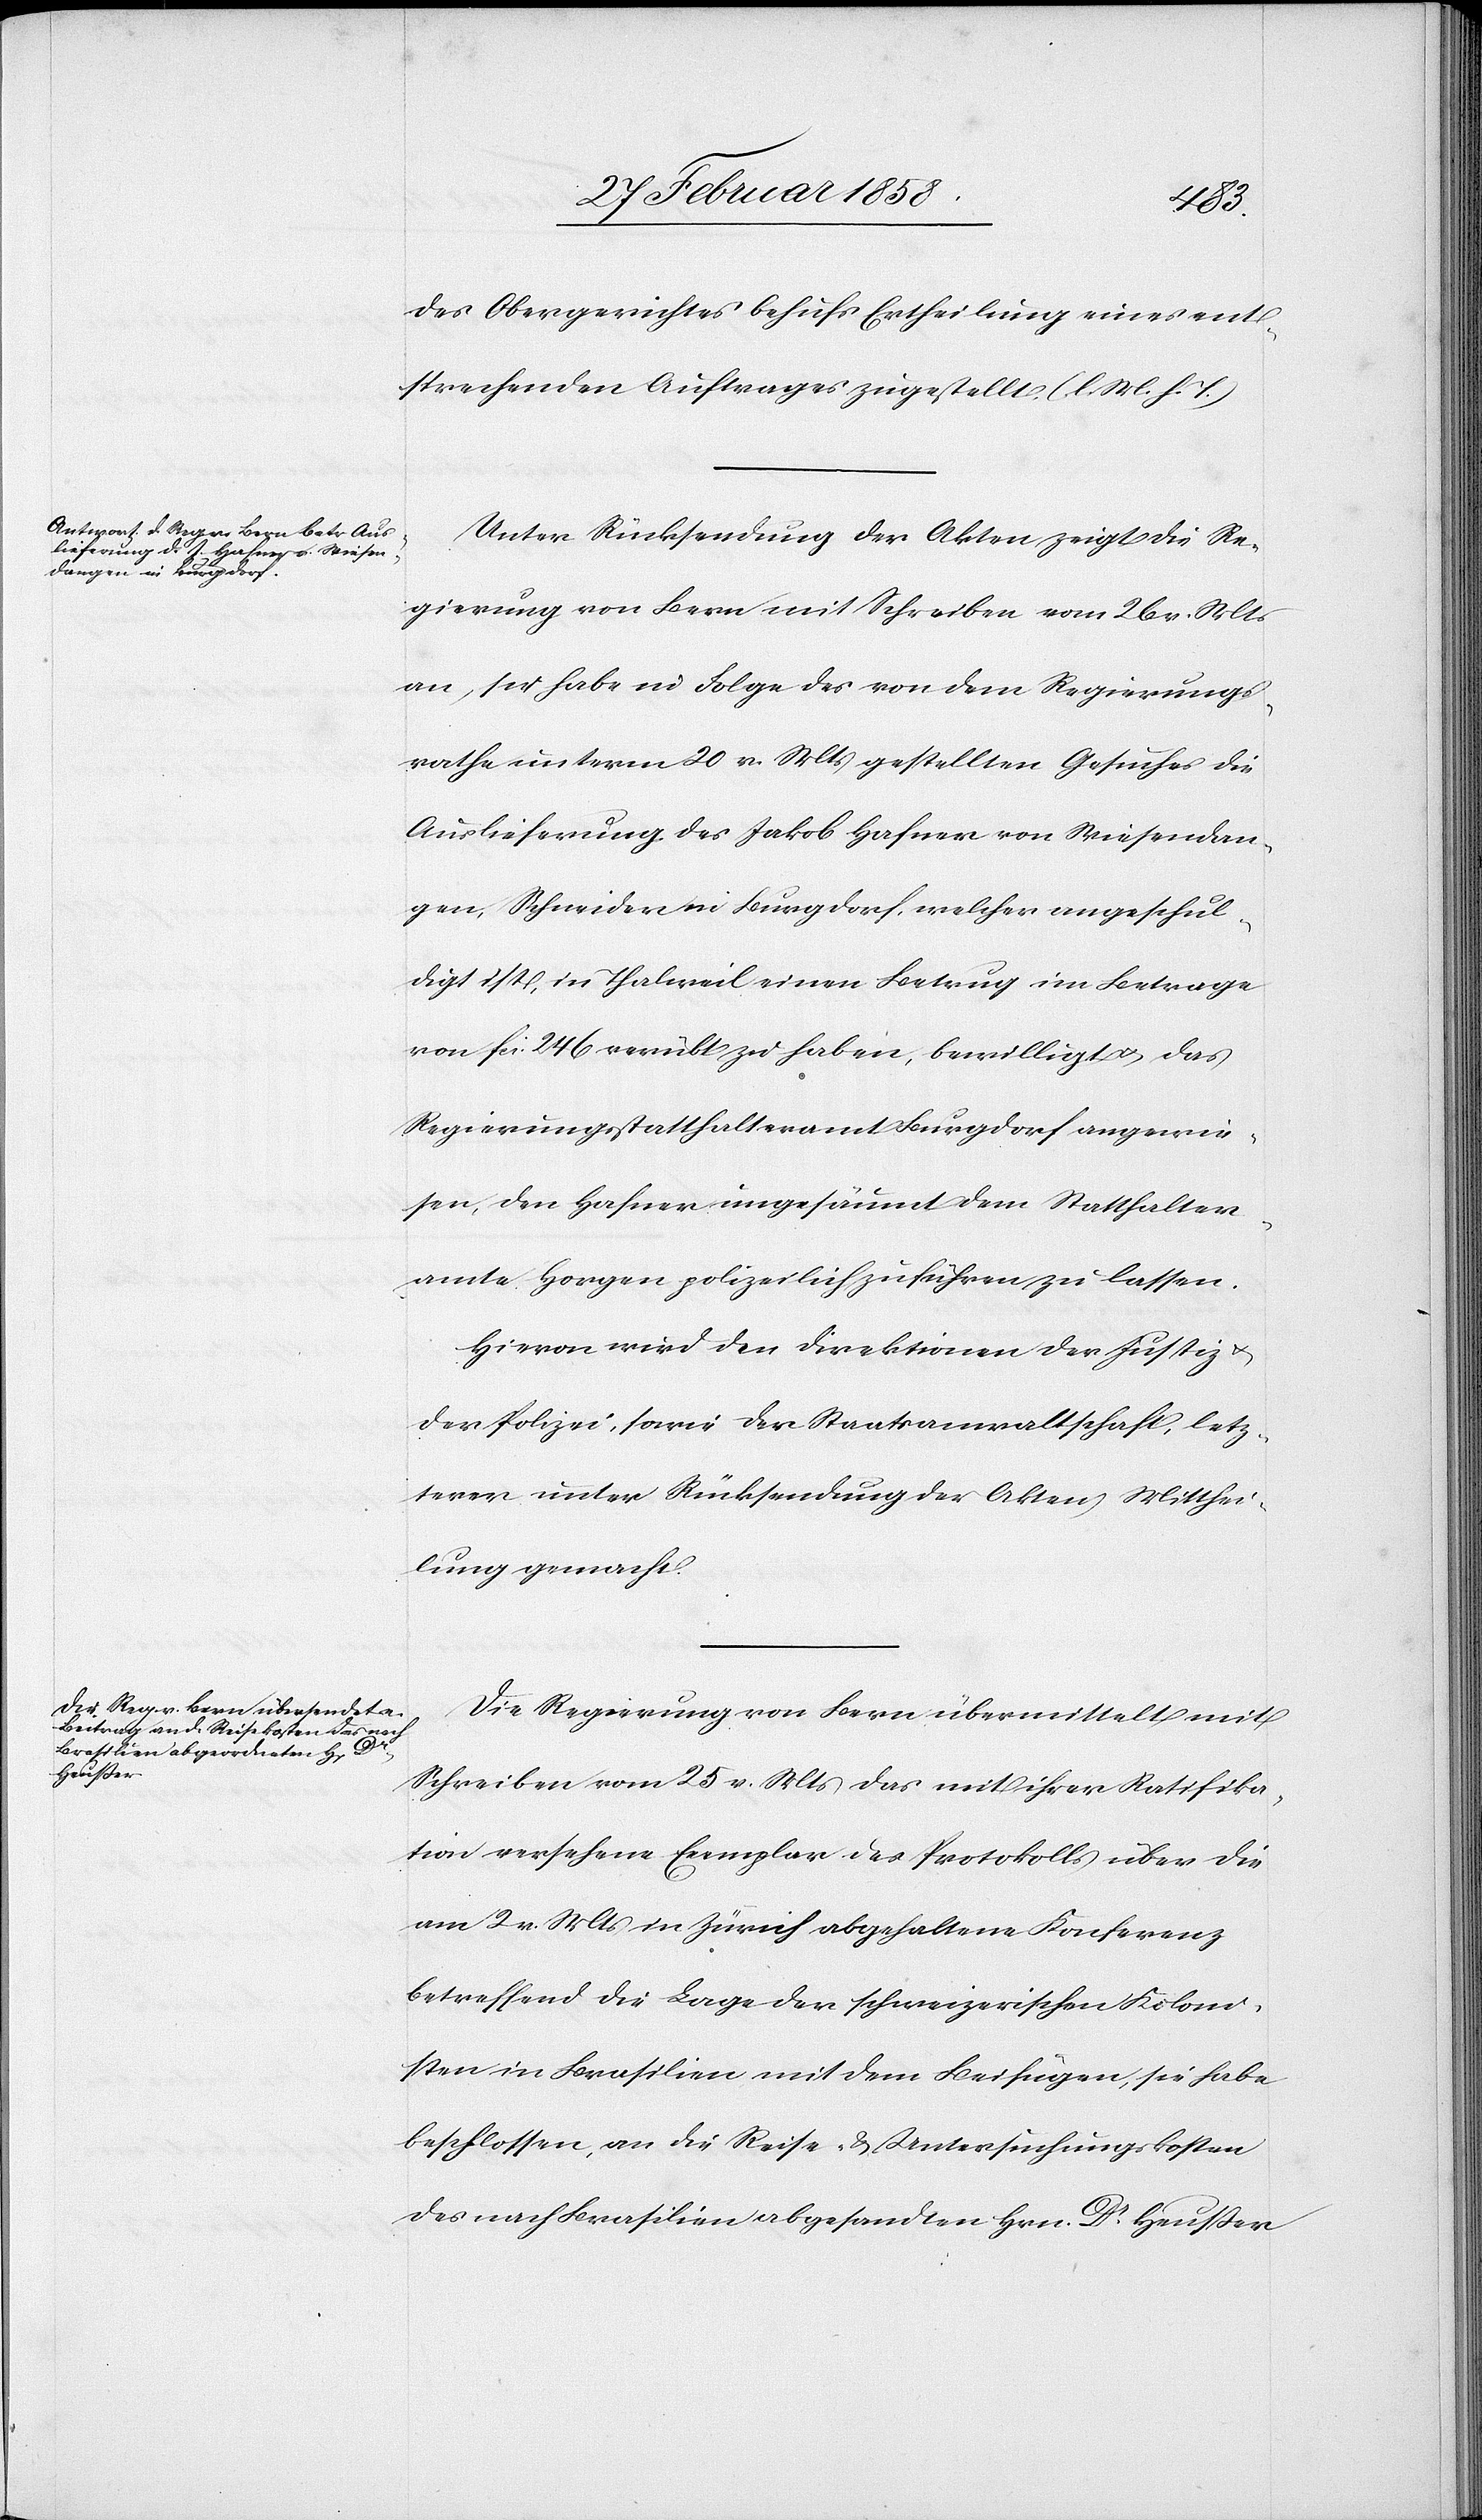
1858.]
des Obergerichtes behufs Ertheilung eines ent¬
sprechenden Auftrages zugestellt. (l. M. h. T.)
Unter Rücksendung der Akten zeigt die Re¬
gierung von Bern mit Schreiben vom 26 v. Mts
an, sie habe in Folge des von dem Regierungs¬
rathe unterm 20 v. Mts gestellten Gesuches die
Auslieferung des Jakob Hafner von Wiesendan¬
gen, Schneider in Burgdorf, welcher angeschul¬
digt ist, in Thalweil einen Betrug im Betrage
von fcs. 246 verübt zu haben, bewilligt u. das
Regierungsstatthalteramt Burgdorf angewie¬
sen, den Hafner ungesäumt dem Statthalter¬
amte Horgen polizeilich zuführen zu lassen.
Hievon wird der Direktion der Justiz u.
der Polizei, sowie der Staatsanwaltschaft, letz¬
terer, unter Rücksendung der Akten Mitthei¬
lung gemacht.
Die Regierung von Bern übermittelt mit
Schreiben vom 25 v. Mts das mit ihrer Ratifika¬
tion versehene Exemplar des Protokolls über die
am 2 v. Mts in Zürich abgehaltene Konferenz
betreffend die Lage der schweizerischen Koloni¬
sten in Brasilien mit dem Beifügen, sie habe
beschlossen, an die Reise- & Untersuchungskosten
des nach Brasilien abgesandten Hrn. Dr Heußer